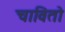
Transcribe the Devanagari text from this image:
चावितो